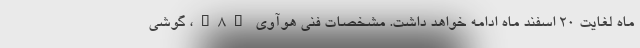
ماه لغایت ۲۰ اسفند ماه ادامه خواهد داشت. مشخصات فنی هوآوی Y8p، گوشی